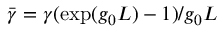
\bar { \gamma } = \gamma ( \exp ( g _ { 0 } L ) - 1 ) / g _ { 0 } L